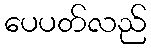
ပေပတ်လည်